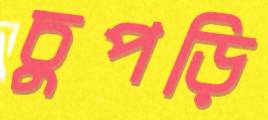
চুপড়ি